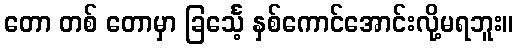
တော တစ် တောမှာ ခြင်္သေ့ နှစ်ကောင်အောင်းလို့မရဘူး။